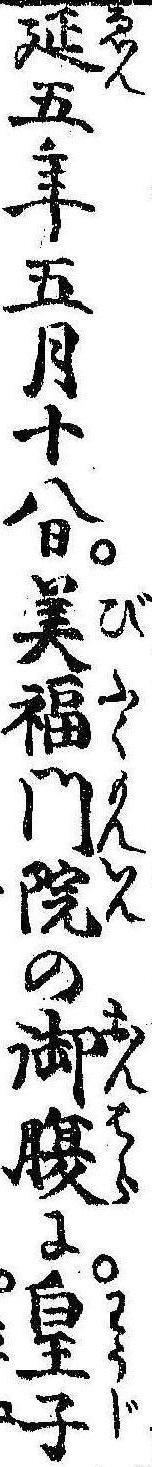
延五年五月十八日美福門院の御腹に皇子